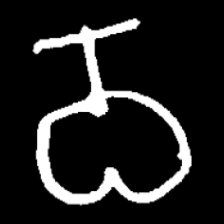
Pyu character \u2014 Myanmar letter: ဝ (romanized: wa)